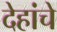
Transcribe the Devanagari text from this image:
देहांचे